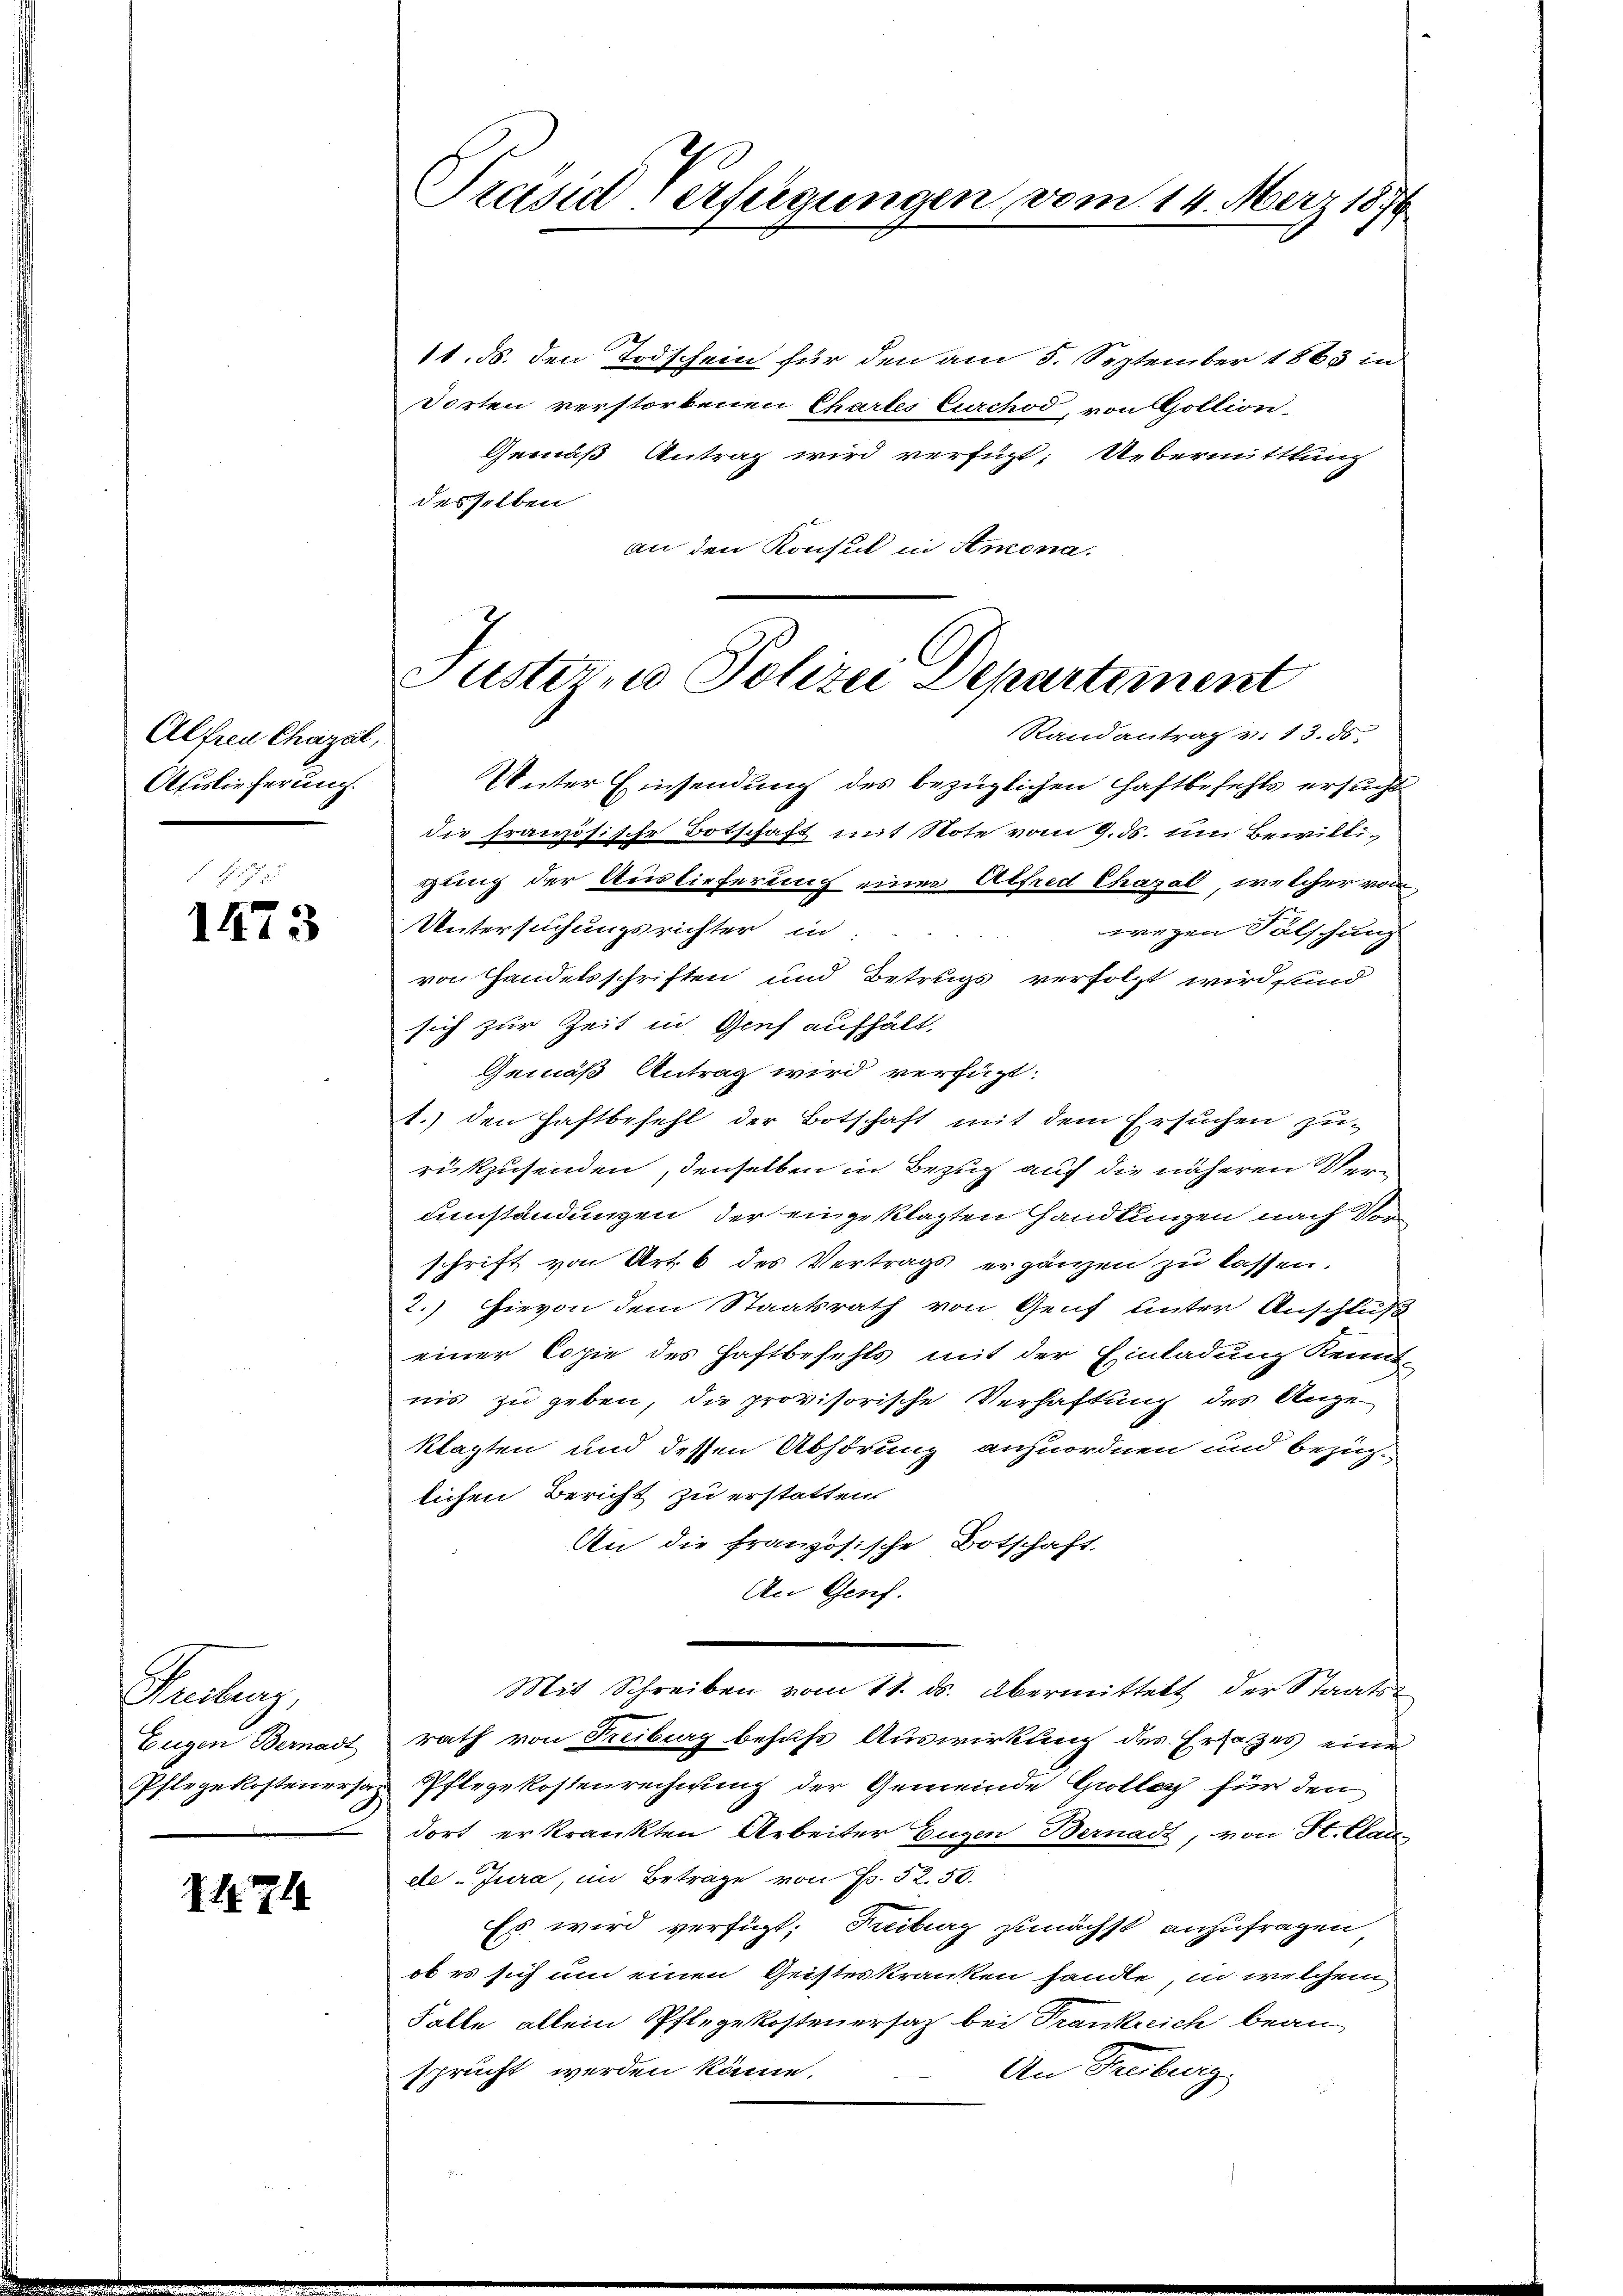
Alfreu Chazal,
Auslieferung.

1473

Kateg

S. 71

Unter Einsendung des bezüglichen Haftbefehls ersucht,
die französische Botschaft mit Note vom 9. ds. um Bewilligung der Auslieferung einer Alfred Chagal, welcher vom
Untersuchungsrichter in
wegen Fälschung

von Handelsschriften und Betrugs verfolgt wird, und
sich zur Zeit in Genf aufhält.
Gemäß Antrag wird verfügt:
1.) den Haftbefehl der Botschaft mit dem Ersuchen zu-
rükzusenden, denselben in Bezug auf die näheren Verumständungen der eingeklagten Handlungen nach Vorschrift von Art. 6 des Vertrags ergänzen zu lassen.
2.) Hievon dem Staatsrath von Genf unter Anschluß
einer Copie des Haftbefehls mit der Einladung Kennt-
nis zu geben, die provisorische Verhaftung des Angeklagten und dessen Abhörung anzuordnen und bezüg-
lichen Bericht zu erstatten
An die französische Botschaft
An Genf.
Mit Schreiben vom 11. ds. übermittelt der Staats¬
Eugen Bernadt rath von Freiburg behufs Auswirkung des Ersatzes eine
Pflegekostenersas Pflegekostenrechnung der Gemeinde Grolleg für den
dort erkrankten Arbeiter Eugen Bernadt, von St. Clas-
de Jura, im Betrage von Fr. 52. 50.
Es wird verfügt; Freiburg zunächst anzufragen
ob es sich um einen Geisteskranken handle, in welchem
Falle allein Pflegekosten ersatz bei Frankreich bean-
An Treuburg
sprucht werden könne.

11. ds. den Todschein für den am 5. September 1863 in
Dorten verstorbenen Chartes Curchod, von Gollion,
Gemäß Antrag wird verfügt: Uebermittlung
desselben
an den Konsul in Atmona.

Preisig Verfügungen, vom 14. März 1879

Justizio Polizei Departement
Randantrag v. 13. ds.